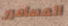
المسامير